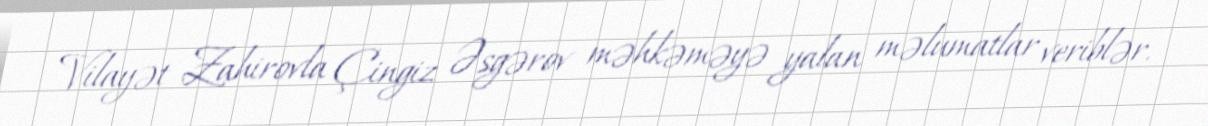
Vilayət Zahirovla Çingiz Əsgərov məhkəməyə yalan məlumatlar veriblər.